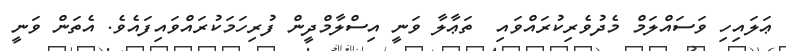
ޢަލައިހި ވަސައްލަމް މެދުވެރިކުރައްވައި  ތަޢާލާ ވަނީ އިސްލާމްދީން ފުރިހަމަކުރައްވައިފައެވެ. އެތަން ވަނީ